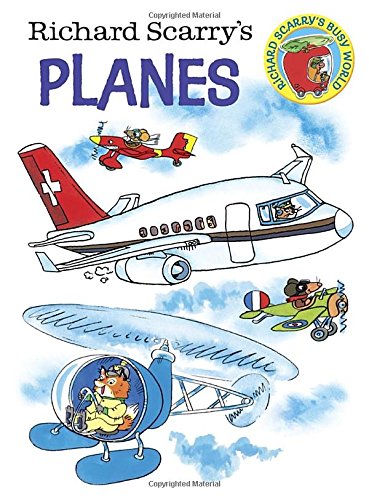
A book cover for Richard Scarry's Planes (Richard Scarry's Busy World); Richard Scarry; Children's Books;